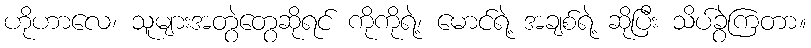
ဟိုဟာလေ၊ သူများအတွဲတွေဆိုရင် ကိုကိုရဲ့၊ မောင်ရဲ့ အချစ်ရဲ့ ဆိုပြီး သိပ်ခွဲကြတာ။